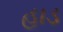
હાડ